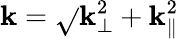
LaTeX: \mathbf{k}=\sqrt{}{{\mathbf{k}_{\perp}^{2}+\mathbf{k}_{\parallel}^{2}}}